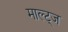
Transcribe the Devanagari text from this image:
माल्ट्ज